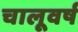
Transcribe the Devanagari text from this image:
चालूवर्ष